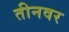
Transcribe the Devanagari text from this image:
तीनवर